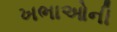
ખભાઓની